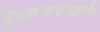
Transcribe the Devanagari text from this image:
गूढकथासंग्रहाचेच